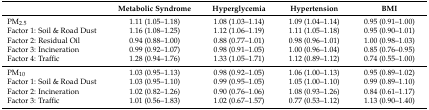
|  | Metabolic Syndrome | Hyperglycemia | Hypertension | BMI |
 | --- | --- | --- | --- | --- |
 | PM2.5 | 1.11 (1.05–1.18) | 1.08 (1.03–1.14) | 1.09 (1.04–1.14) | 0.95 (0.91–1.00) |
 | Factor 1: Soil & Road Dust | 1.16 (1.08–1.25) | 1.12 (1.06–1.19) | 1.11 (1.05–1.18) | 0.95 (0.90–1.01) |
 | Factor 2: Residual Oil | 0.94 (0.88–1.00) | 0.88 (0.77–1.01) | 0.98 (0.96–1.01) | 1.00 (0.98–1.03) |
 | Factor 3: Incineration | 0.99 (0.92–1.07) | 0.98 (0.91–1.05) | 1.00 (0.96–1.04) | 0.85 (0.76–0.95) |
 | Factor 4: Traffic | 1.28 (0.94–1.76) | 1.33 (1.05–1.71) | 1.12 (0.89–1.12) | 0.74 (0.55–1.00) |
 | PM10 | 1.03 (0.95–1.13) | 0.98 (0.92–1.05) | 1.06 (1.00–1.13) | 0.95 (0.89–1.02) |
 | Factor 1: Soil & Road Dust | 1.03 (0.95–1.10) | 0.99 (0.95–1.05) | 1.05 (1.00–1.10) | 0.99 (0.89–1.10) |
 | Factor 2: Incineration | 1.02 (0.82–1.26) | 0.90 (0.76–1.06) | 1.08 (0.93–1.26) | 0.84 (0.61–1.17) |
 | Factor 3: Traffic | 1.01 (0.56–1.83) | 1.02 (0.67–1.57) | 0.77 (0.53–1.12) | 1.13 (0.90–1.40) |